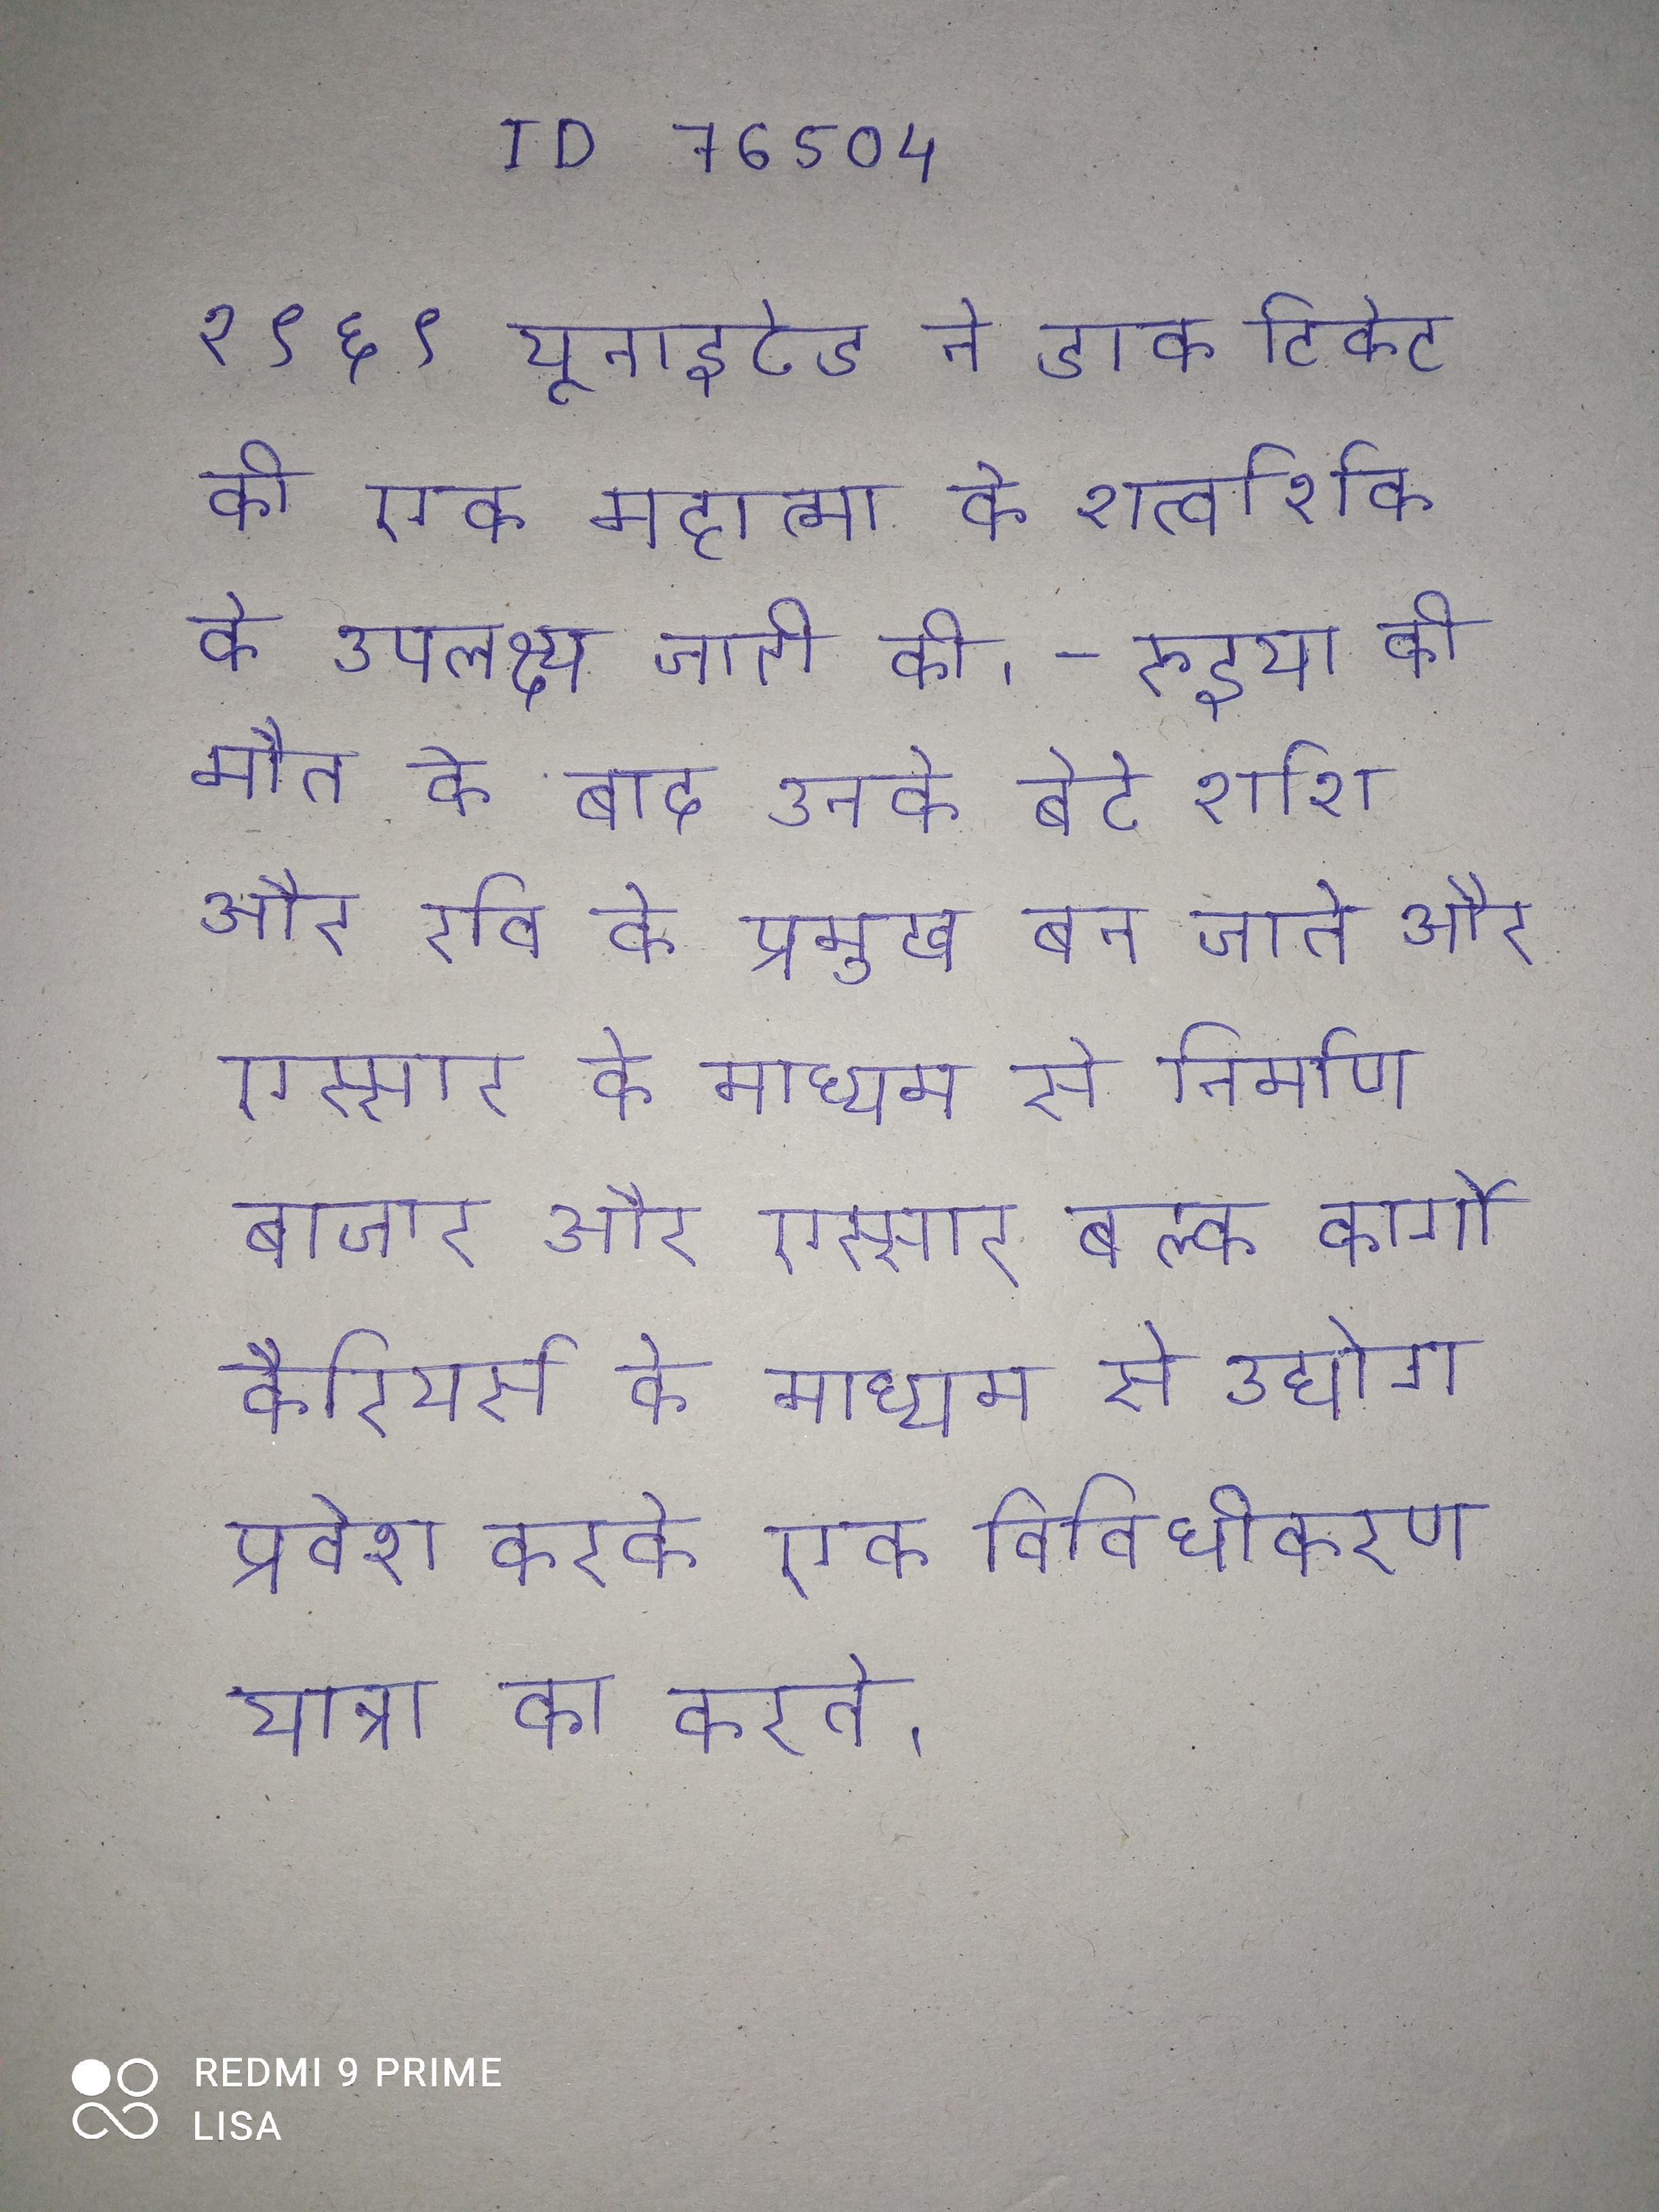
१९६९ यूनाइटेड ने डाक टिकेट की एक महात्मा के शत्वर्शिक के उपलक्ष्य जारी की । - रुइया की मौत के बाद उनके बेटे शशि और रवि के प्रमुख बन जाते और एस्सार के माध्यम से निर्माण बाजार और एस्सार बल्क कार्गो कैरियर्स के माध्यम से उद्योग प्रवेश करके एक विविधीकरण यात्रा का करते ।